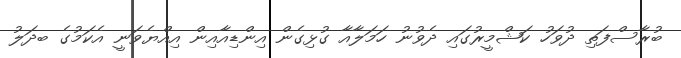
ބުރާސްފަތި ދުވަހު ކަޝްމީރުގައި ދެވުނު ހަމަލާއާ ގުޅިގެން އިންޑިއާއިން އިއްޔެވަނީ އެކަމުގެ ބދަލު